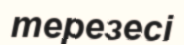
терезесі